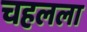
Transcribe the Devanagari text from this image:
चहलला